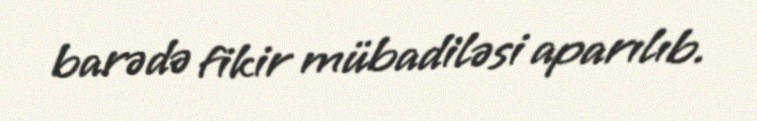
barədə fikir mübadiləsi aparılıb.